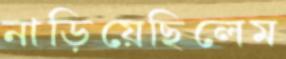
নাড়িয়েছিলেম